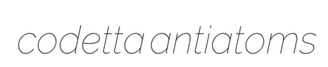
codetta antiatoms